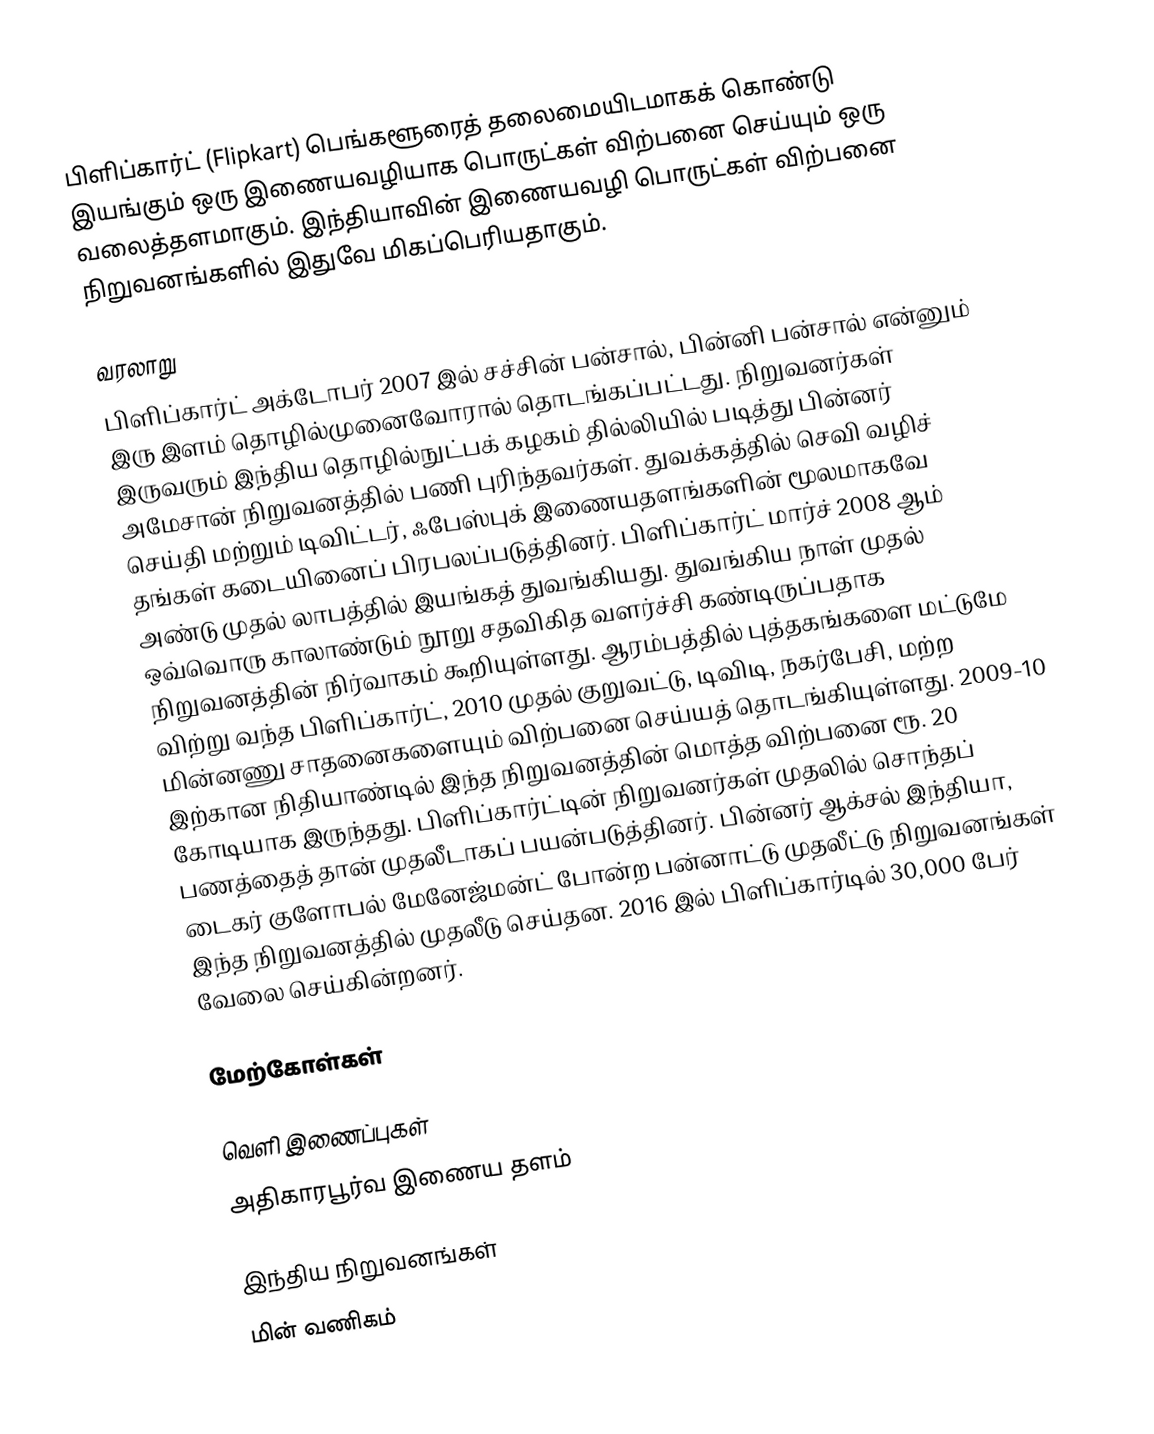
பிளிப்கார்ட் (Flipkart) பெங்களூரைத் தலைமையிடமாகக் கொண்டு இயங்கும் ஒரு இணையவழியாக பொருட்கள் விற்பனை செய்யும் ஒரு வலைத்தளமாகும். இந்தியாவின் இணையவழி பொருட்கள் விற்பனை நிறுவனங்களில் இதுவே மிகப்பெரியதாகும்.

வரலாறு
பிளிப்கார்ட் அக்டோபர் 2007 இல் சச்சின் பன்சால், பின்னி பன்சால் என்னும் இரு இளம் தொழில்முனைவோரால் தொடங்கப்பட்டது. நிறுவனர்கள் இருவரும் இந்திய தொழில்நுட்பக் கழகம் தில்லியில் படித்து பின்னர் அமேசான் நிறுவனத்தில் பணி புரிந்தவர்கள். துவக்கத்தில் செவி வழிச் செய்தி மற்றும் டிவிட்டர், ஃபேஸ்புக் இணையதளங்களின் மூலமாகவே தங்கள் கடையினைப் பிரபலப்படுத்தினர். பிளிப்கார்ட் மார்ச் 2008 ஆம் அண்டு முதல் லாபத்தில் இயங்கத் துவங்கியது. துவங்கிய நாள் முதல் ஒவ்வொரு காலாண்டும் நூறு சதவிகித வளர்ச்சி கண்டிருப்பதாக நிறுவனத்தின் நிர்வாகம் கூறியுள்ளது. ஆரம்பத்தில் புத்தகங்களை மட்டுமே விற்று வந்த பிளிப்கார்ட், 2010 முதல் குறுவட்டு, டிவிடி, நகர்பேசி, மற்ற மின்னணு சாதனைகளையும் விற்பனை செய்யத் தொடங்கியுள்ளது. 2009-10 இற்கான நிதியாண்டில் இந்த நிறுவனத்தின் மொத்த விற்பனை ரூ. 20 கோடியாக இருந்தது. பிளிப்கார்ட்டின்  நிறுவனர்கள் முதலில் சொந்தப் பணத்தைத் தான் முதலீடாகப் பயன்படுத்தினர். பின்னர் ஆக்சல் இந்தியா, டைகர் குளோபல் மேனேஜ்மன்ட் போன்ற பன்னாட்டு முதலீட்டு நிறுவனங்கள் இந்த நிறுவனத்தில் முதலீடு செய்தன. 2016 இல் பிளிப்கார்டில் 30,000 பேர் வேலை செய்கின்றனர்.

மேற்கோள்கள்

வெளி இணைப்புகள்
அதிகாரபூர்வ இணைய தளம்

இந்திய நிறுவனங்கள்
மின் வணிகம்